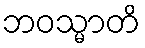
ဘဝသ္မာတိ